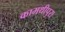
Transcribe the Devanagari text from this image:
कामथीपुरा